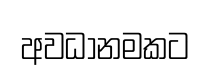
අවධානමකට